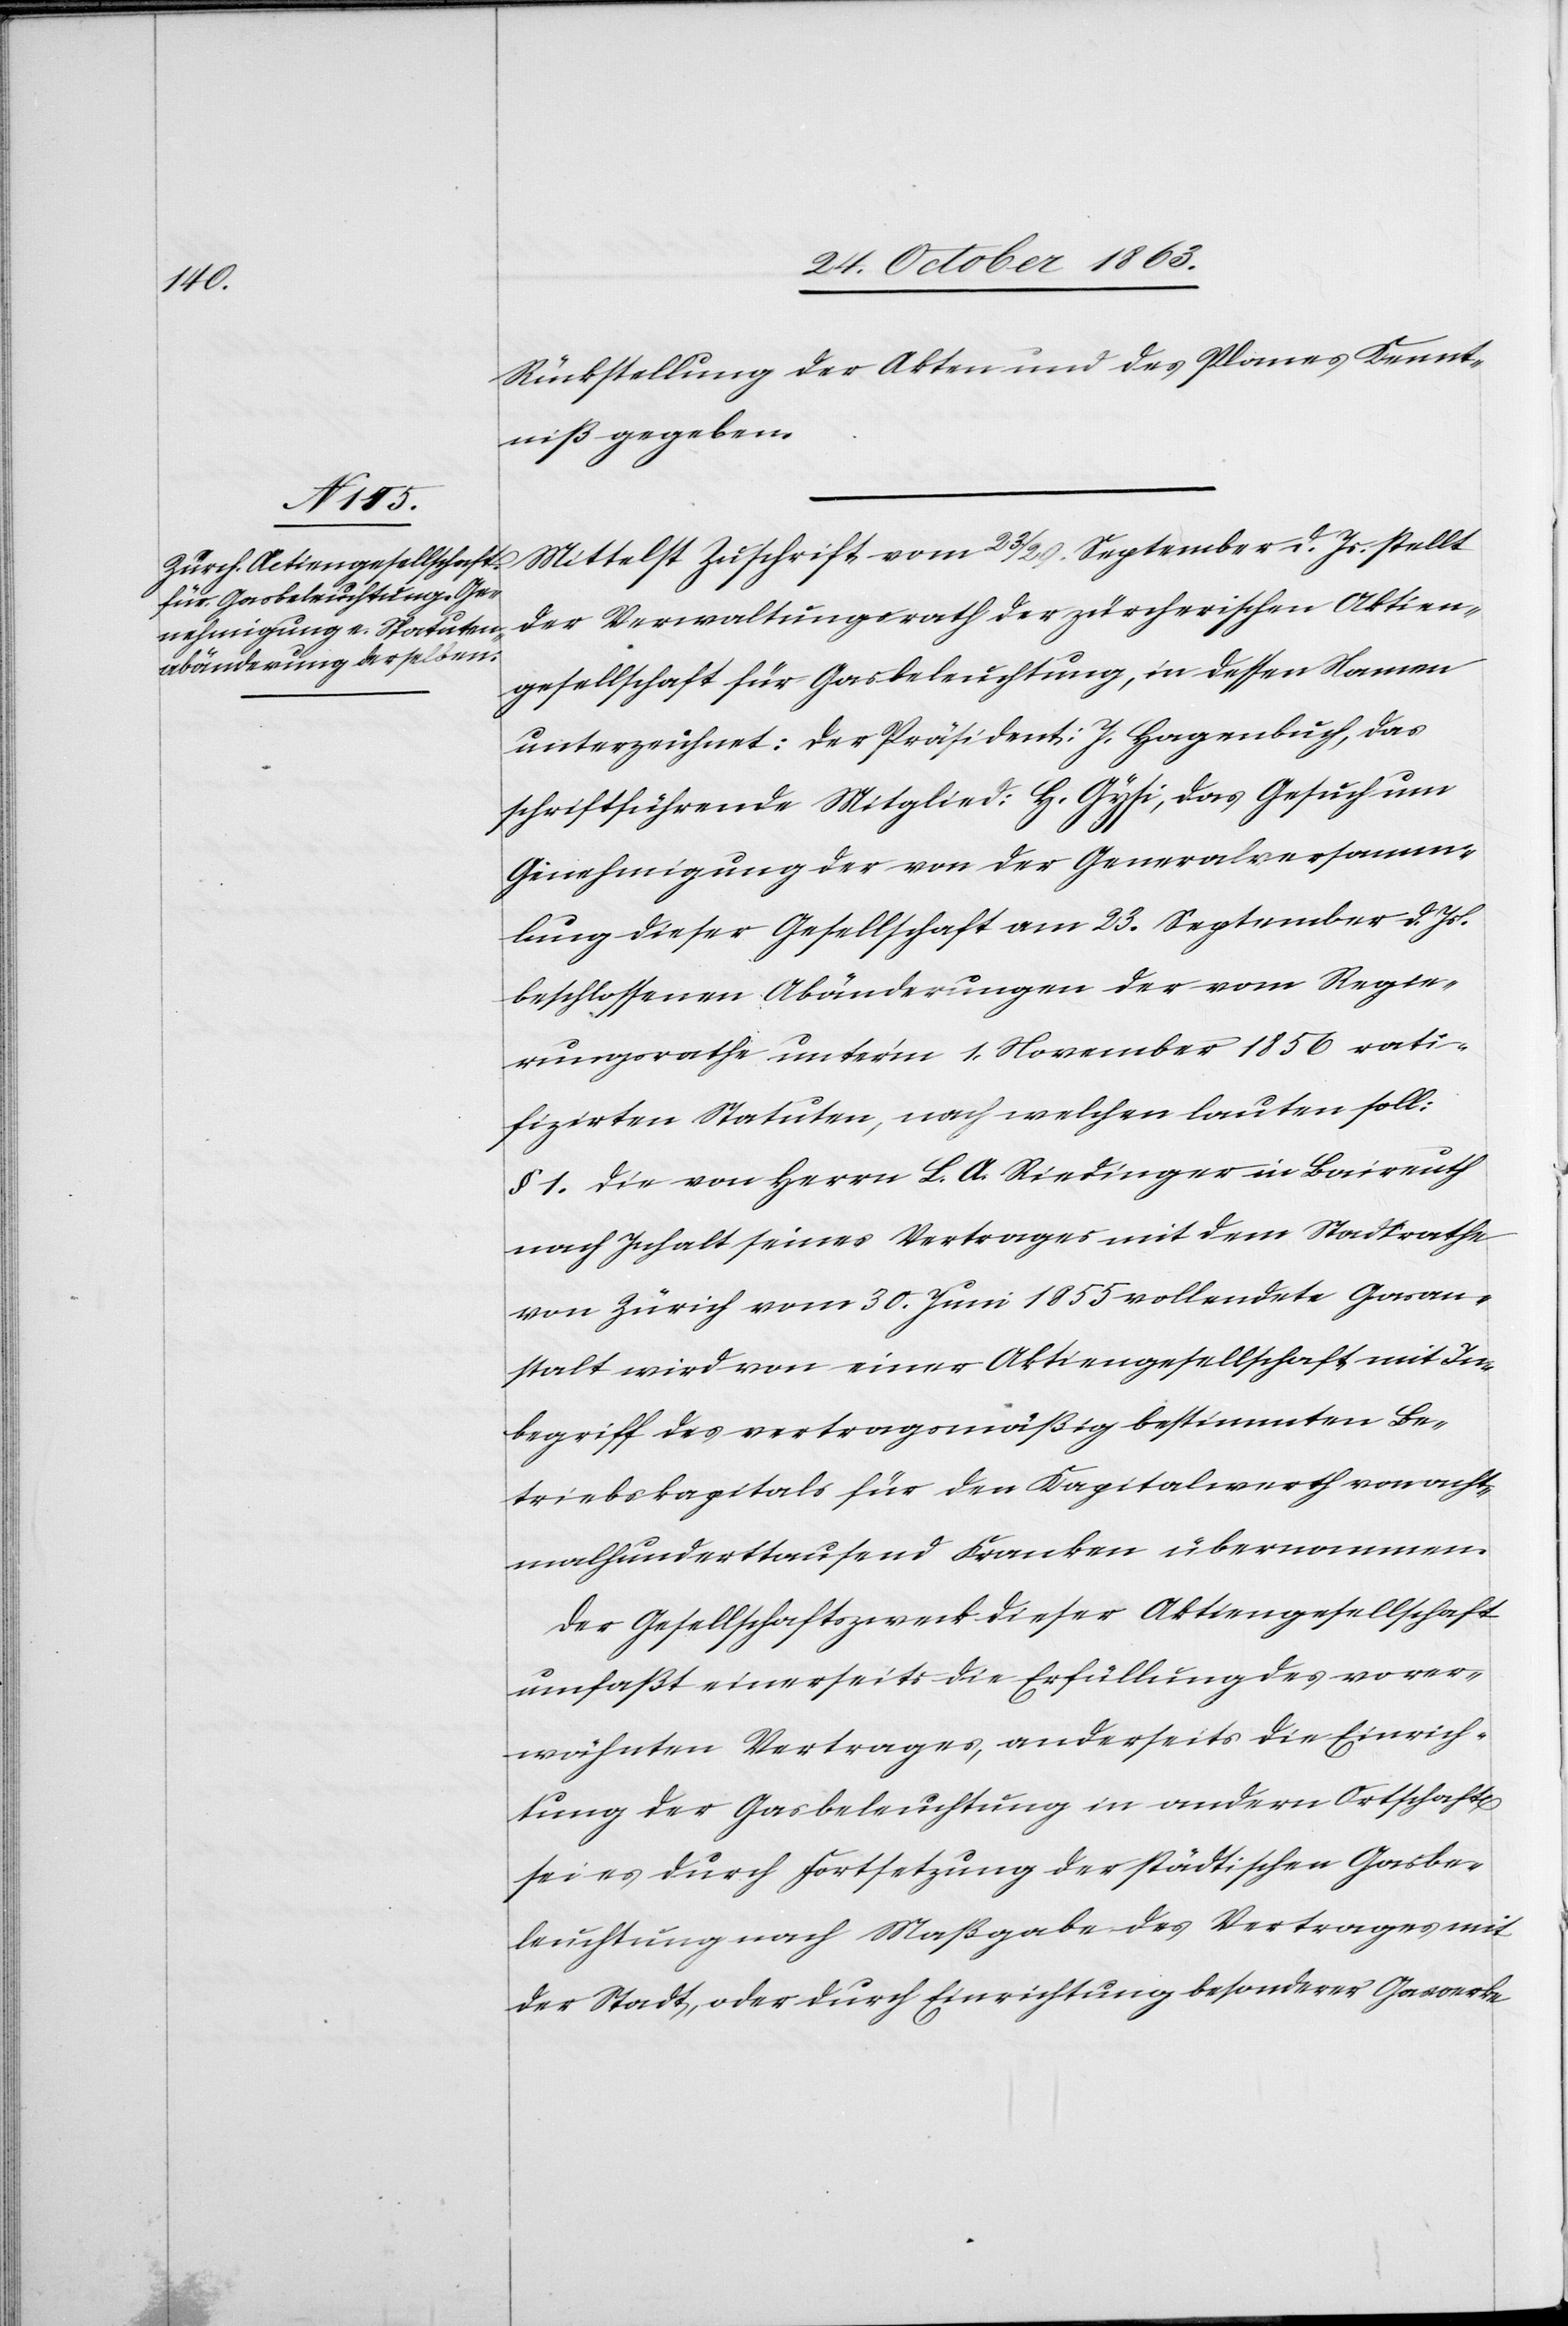
Rückstellung der Akten und des Planes Kennt¬
niß gegeben.
Mittelst Zuschrift vom 23/29. September d. Js. stellt
der Verwaltungsrath der zürcherischen Aktien¬
gesellschaft für Gasbeleuchtung, in dessen Namen
unterzeichnet: der Präsident: J. Hagenbuch, das
schriftführende Mitglied: H. Gysi, das Gesuch um
Genehmigung der von der Generalversamm¬
lung dieser Gesellschaft am 23. September d. Js.
beschlossenen Abänderungen der vom Regie¬
rungsrathe unter'm 1. November 1856 rati¬
fizirten Statuten, nach welchen lauten soll:
§ 1. Die von Herrn L. A. Riedinger in Baireuth
nach Inhalt seines Vertrages mit dem Stadtrathe
von Zürich vom 30. Juni 1855 vollendete Gasan¬
stalt wird von einer Aktiengesellschaft mit In¬
begriff des vertragsmäßig bestimmten Be¬
triebskapitals für den Kapitalwerth von acht¬
malhunderttausend Franken übernommen.
Der Gesellschaftszweck dieser Aktiengesellschaft
umfaßt einerseits die Erfüllung des vorer¬
wähnten Vertrages, anderseits die Einrich¬
tung der Gasbeleuchtung in andern Ortschaft[en]
sei es durch Fortsetzung der städtischen Gasbe¬
leuchtung nach Maßgabe des Vertrages mit
der Stadt, oder durch Einrichtung besonderer Gaswerke